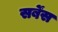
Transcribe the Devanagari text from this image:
सर्बेंस